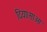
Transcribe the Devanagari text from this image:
दिया।साओ